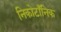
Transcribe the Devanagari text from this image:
निकोटाँनिक